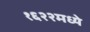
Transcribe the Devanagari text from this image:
१६२२मध्ये